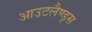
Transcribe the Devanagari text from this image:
आउटलैण्ड्स